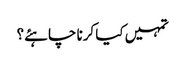
تمہیں کیا کرنا چاہئے؟